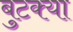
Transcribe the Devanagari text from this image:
बुटक्‍या